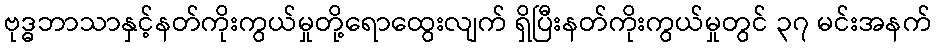
ဗုဒ္ဓဘာသာနှင့်နတ်ကိုးကွယ်မှုတို့ရောထွေးလျက် ရှိပြီးနတ်ကိုးကွယ်မှုတွင် ၃၇ မင်းအနက်